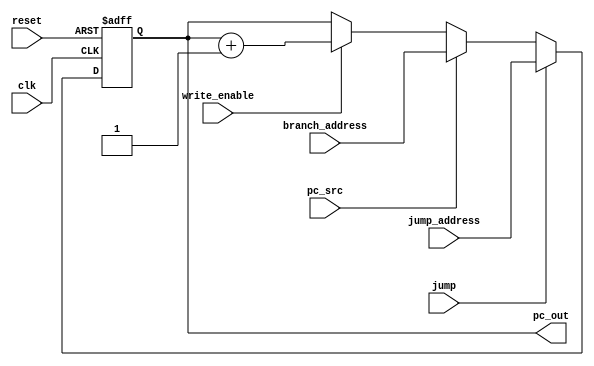
module PC (
    input clk,
    input reset,
    input jump,
	 input[31:0] jump_address,
    input pc_src,
    input [31:0] branch_address,
    input write_enable,
    output [31:0] pc_out
);

// Internal register to hold the PC value
reg [31:0] pc_reg;

// PC increment logic
always @(posedge clk or posedge reset) begin
    if (reset)
        pc_reg <= 32'h0;
	else if(jump)
		pc_reg<=jump_address;
    else if (pc_src)
        pc_reg <= branch_address;
    else if (write_enable)
        pc_reg <= pc_reg + 1;
end

// Output the PC value
assign pc_out = pc_reg;

endmodule